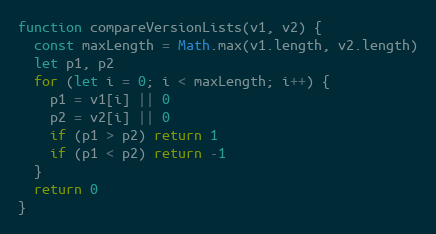
Language: JavaScript
function compareVersionLists(v1, v2) {
  const maxLength = Math.max(v1.length, v2.length)
  let p1, p2
  for (let i = 0; i < maxLength; i++) {
    p1 = v1[i] || 0
    p2 = v2[i] || 0
    if (p1 > p2) return 1
    if (p1 < p2) return -1
  }
  return 0
}